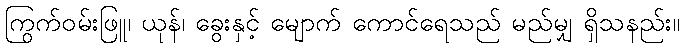
ကြွက်ဝမ်းဖြူ၊ ယုန်၊ ခွေးနှင့် မျောက် ကောင်ရေသည် မည်မျှ ရှိသနည်း။